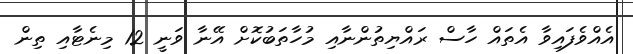
އެއްވެފައިވާ އެތައް ހާސް ރައްޔިތުންނާއި މުހާތަބުކޮށް އޭނާ ވަނީ 12 މިނެޓާއި ތިން